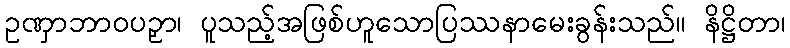
ဥဏှာဘာဝပဉှာ၊ ပူသည့်အဖြစ်ဟူသောပြဿနာမေးခွန်းသည်။ နိဋ္ဌိတာ၊